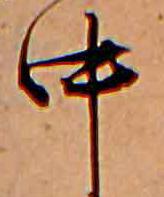
中